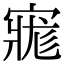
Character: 𡩽